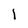
Character: l